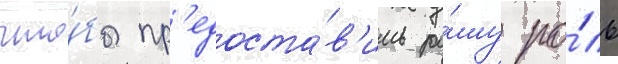
что́бы пр'едоста́в'ить ра́шу ро́ль